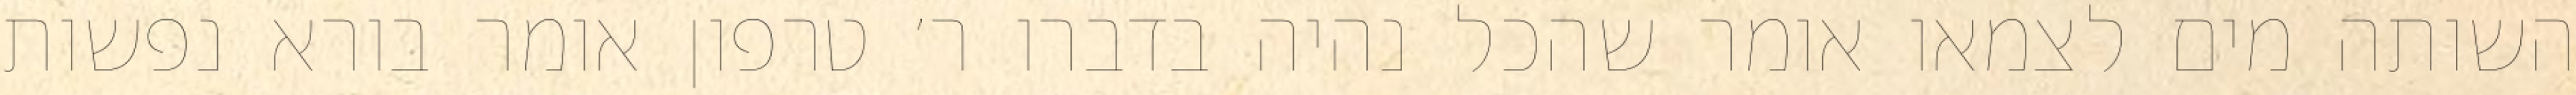
השותה מים לצמאו אומר שהכל נהיה בדברו ר׳ טרפון אומר בורא נפשות